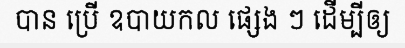
បាន ប្រើ ឧបាយកល ផ្សេង ៗ ដើម្បីឲ្យ